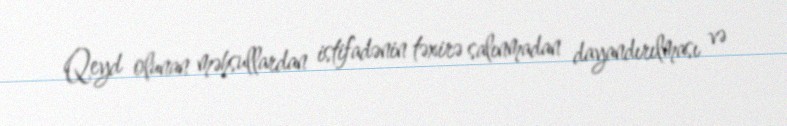
Qeyd olunan məhsullardan istifadənin təxirə salınmadan dayandırılması və